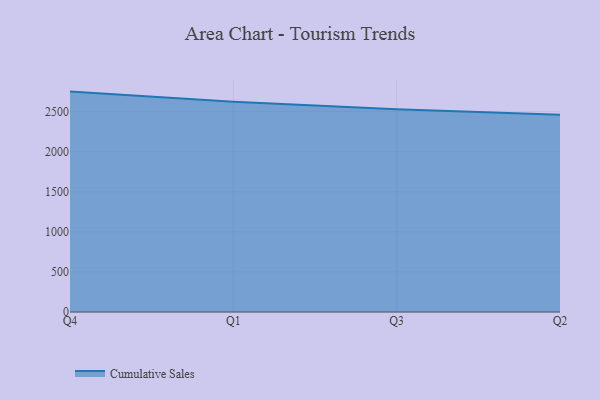
{"axis": {"x": "Quarter", "y": "Shipments"}, "legend": ["Cumulative Sales"], "data": [{"x": "Q4", "y": 2749.9, "type": "Cumulative Sales"}, {"x": "Q1", "y": 2623.7, "type": "Cumulative Sales"}, {"x": "Q3", "y": 2529.9, "type": "Cumulative Sales"}, {"x": "Q2", "y": 2460.5, "type": "Cumulative Sales"}]}